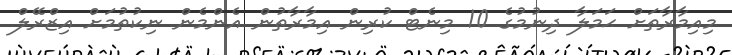
މިއިމާރާތަށް ޙަމަލާ ދިނުމުގެ 10 މިނެޓް ކުރިން އިމާރާތުން އެންމެން ނިކުތުމަށް އިޒްރޭލް